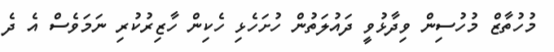
މުހުތާޒް މުހުސިން ވިދާޅުވީ ދައުލަތުން ހުށަހެޅި ހެކިން ހާޒިރުކުރި ނަމަވެސް އެ ދެ